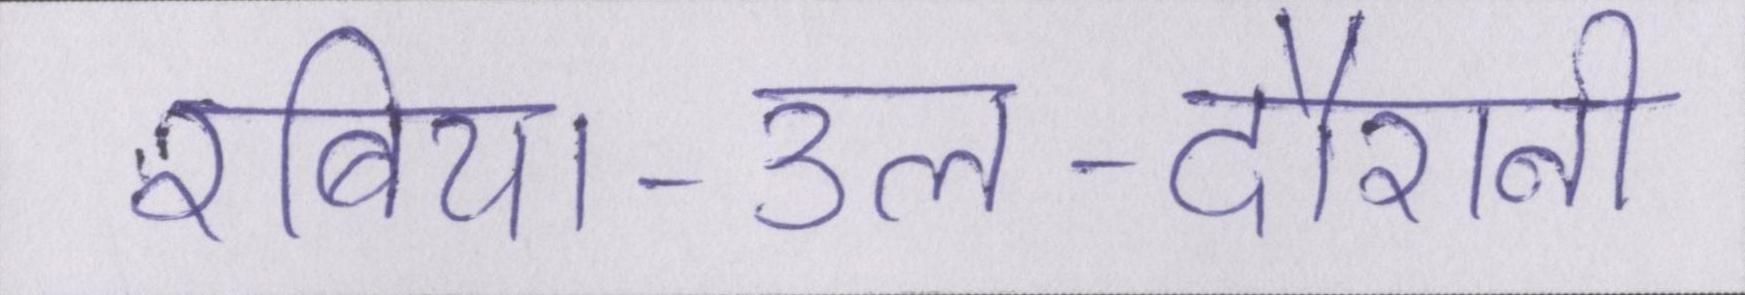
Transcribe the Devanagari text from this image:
रबिया-उल-दौरानी